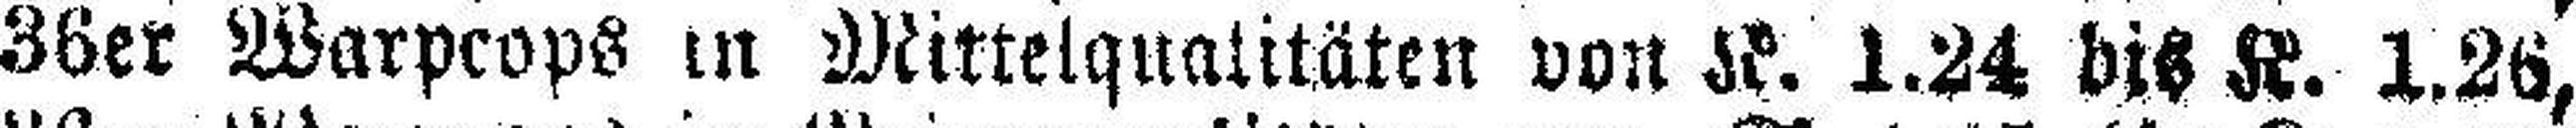
36er Warpcops in Mittelqualitäten von K. 1.24 bis K. 1.26,